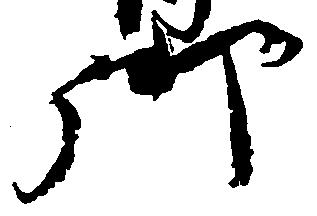
御